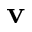
\mathbf { v }